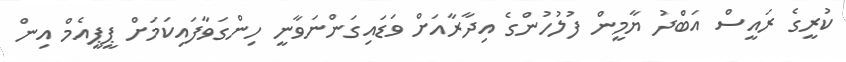
ކުރީގެ ރައީސް އަބްެދު ޔާމީން ފުލުހުންގެ އިދާރާއަށް ވަޑައިގަންނަވާނީ ހިންގަވާފައިކަމަށް ޕީޕީއެމް އިން